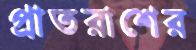
প্রাতরাশের